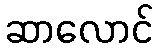
ဆာလောင်